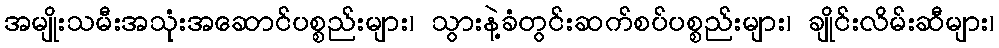
အမျိုးသမီးအသုံးအဆောင်ပစ္စည်းများ၊ သွားနဲ့ခံတွင်းဆက်စပ်ပစ္စည်းများ၊ ချိုင်းလိမ်းဆီများ၊